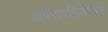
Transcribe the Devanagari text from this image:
अर्पणपत्रिकेवर